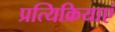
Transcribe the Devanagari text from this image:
प्रत्यिक्रियाएं